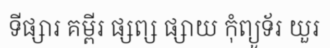
ទីផ្សារ គម្ពីរ ផ្សព្ស ផ្សាយ កុំព្យូទ័រ យួរ